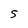
Character: s